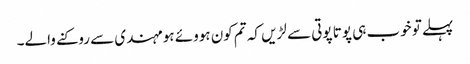
پہلے تو خوب ہی پوتا پوتی سے لڑیں کہ تم کون ہووئے ہو مہندی سے روکنے والے۔